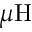
\mu \mathrm { H }